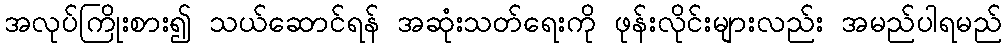
အလုပ်ကြိုးစား၍ သယ်ဆောင်ရန် အဆုံးသတ်ရေးကို ဖုန်းလိုင်းများလည်း အမည်ပါရမည်